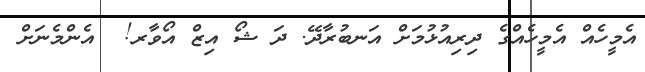
އެމީހެއް އެމީހެއްގެ ދިރިއުޅުމަށް އަނބުރާދޭ. ދަ ޝޯ އިޒް އޯވާރ!  އެންމެނަށް